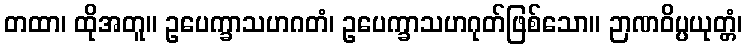
တထာ၊ ထိုအတူ။ ဥပေက္ခာသဟဂတံ၊ ဥပေက္ခာသဟဂုတ်ဖြစ်သော။ ဉာဏဝိပ္ပယုတ္တံ၊